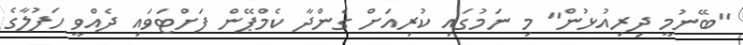
"ބޭނުމީ ދިރިއުޅުން" މި ނަމުގައި ކުރިއަށް ގެންދާ ކެމްޕޭން ފަށްޓަވައި ދެއްވީ ހަފުލާގެ